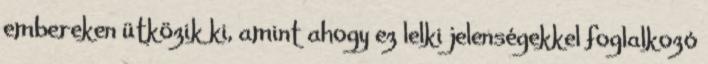
embereken ütközik ki, amint ahogy ez lelki jelenségekkel foglalkozó